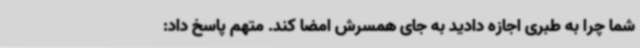
شما چرا به طبری اجازه دادید به جای همسرش امضا کند. متهم پاسخ داد: